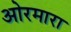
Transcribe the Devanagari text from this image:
ओरमारा